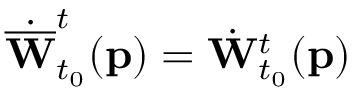
\dot { \overline { { \mathbf { W } } } } _ { t _ { 0 } } ^ { t } ( \mathbf { p } ) = \dot { \mathbf { W } } _ { t _ { 0 } } ^ { t } ( \mathbf { p } )